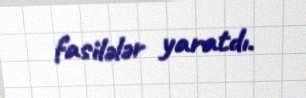
fasilələr yaratdı.